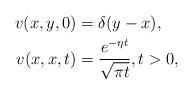
LaTeX: \begin{align*}v(x,y,0) ={}& \delta( y - x),\\v(x,x,t) ={}& \frac{e^{-\eta t}}{\sqrt{\pi t}}, t>0,\end{align*}